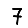
Digit: 7